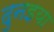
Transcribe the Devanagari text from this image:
दुनइया